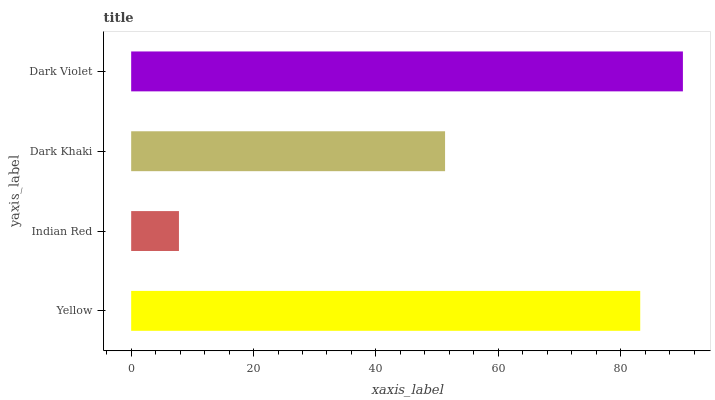
| yaxis_label | bars |
 | --- | --- |
 | Yellow | 83.2 |
 | Indian Red | 7.81 |
 | Dark Khaki | 51.3 |
 | Dark Violet | 90.2 |